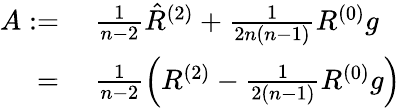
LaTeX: \begin{array}{rl}{A:=}&{{}\ \frac{1}{n-2}\hat{R}^{(2)}+\frac{1}{2n(n-1)}R^{(0)}g}\\ {=}&{{}\ \frac{1}{n-2}\left(R^{(2)}-\frac{1}{2(n-1)}R^{(0)}g\right)}\end{array}